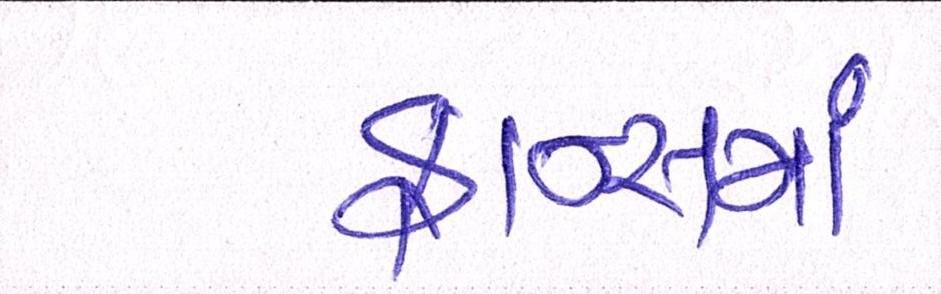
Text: ફ્રાન્સમાં